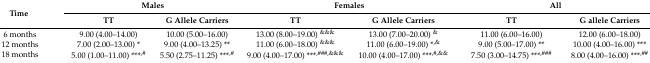
<table><thead><tr><td rowspan="2"><b>Time</b></td><td colspan="2"><b>Males</b></td><td colspan="2"><b>Females</b></td><td colspan="2"><b>All</b></td></tr><tr><td><b>TT</b></td><td><b>G Allele Carriers</b></td><td><b>TT</b></td><td><b>G Allele Carriers</b></td><td><b>TT</b></td><td><b>G allele Carriers</b></td></tr></thead><tbody><tr><td>6 months</td><td>9.00 (4.00–14.00)</td><td>10.00 (5.00–16.00)</td><td>13.00 (8.00–19.00) <sup>&amp;&amp;&amp;</sup></td><td>13.00 (7.00–20.00) <sup>&amp;</sup></td><td>11.00 (6.00–16.00)</td><td>12.00 (6.00–18.00)</td></tr><tr><td>12 months</td><td>7.00 (2.00–13.00) *</td><td>9.00 (4.00–13.25) **</td><td>11.00 (6.00–18.00) <sup>&amp;&amp;&amp;</sup></td><td>11.00 (6.00–19.00) *<sup>,&amp;</sup></td><td>9.00 (5.00–17.00) **</td><td>10.00 (4.00–16.00) ***</td></tr><tr><td>18 months</td><td>5.00 (1.00–11.00) ***<sup>,#</sup></td><td>5.50 (2.75–11.25) ***<sup>,#</sup></td><td>9.00 (4.00–17.00) ***<sup>,###,&amp;&amp;&amp;</sup></td><td>10.00 (4.00–17.00) ***<sup>,#,&amp;&amp;</sup></td><td>7.50 (3.00–14.75) ***<sup>,###</sup></td><td>8.00 (4.00–16.00) ***<sup>,##</sup></td></tr></tbody></table>